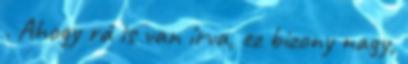
. Ahogy rá is van írva, ez bizony nagy,